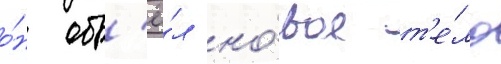
о́н обр'ё́л но́вое т'е́ло